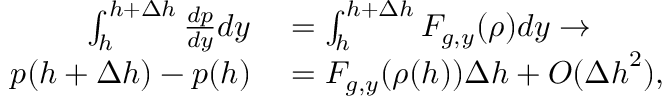
\begin{array} { r l } { \int _ { h } ^ { h + \Delta h } \frac { d p } { d y } d y } & { { } = \int _ { h } ^ { h + \Delta h } F _ { g , y } ( \rho ) d y \rightarrow } \\ { p ( h + \Delta h ) - p ( h ) } & { { } = F _ { g , y } ( \rho ( h ) ) \Delta h + O ( { \Delta h } ^ { 2 } ) , } \end{array}